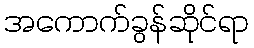
အကောက်ခွန်ဆိုင်ရာ